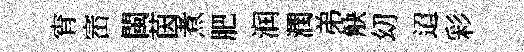
宵崈閩茵煮肥润潤弟觖㓜迢彩